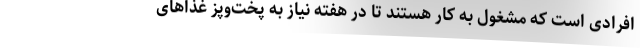
افرادی است که مشغول به کار هستند تا در هفته نیاز به پخت‌وپز غذاهای